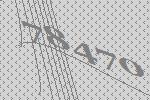
78470